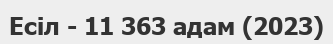
Есіл - 11 363 адам (2023)